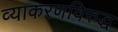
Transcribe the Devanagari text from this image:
व्याकरणविरुद्ध